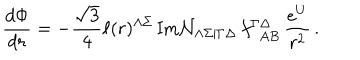
\frac { d \Phi } { d r } = - \frac { \sqrt { 3 } } { 4 } \ell ( r ) ^ { \Lambda \Sigma } \, \mathrm { I m } { \cal N } _ { \Lambda \Sigma | \Gamma \Delta } \, f _ { ~ ~ A B } ^ { \Gamma \Delta } \, \frac { e ^ { U } } { r ^ { 2 } } \, .